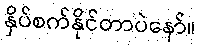
နှိပ်စက်နိုင်တာပဲနော်။